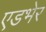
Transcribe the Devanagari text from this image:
एडभेर